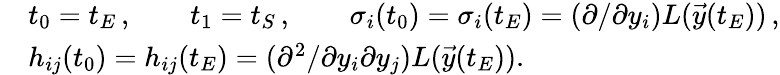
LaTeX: \begin{array}{rl}&{t_{0}=t_{E}\, ,\qquad t_{1}=t_{S}\, ,\qquad\sigma_{i}(t_{0})=\sigma_{i}(t_{E})=(\partial/\partial y_{i})L(\vec{y}(t_{E}))\, ,}\\ &{h_{ij}(t_{0})=h_{ij}(t_{E})=(\partial^{2}/\partial y_{i}\partial y_{j})L(\vec{y}(t_{E})).}\end{array}